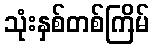
သုံးနှစ်တစ်ကြိမ်